Annual statistical returns and brief notes on vaccination in Bengal - 1909-1929
Year: 1909
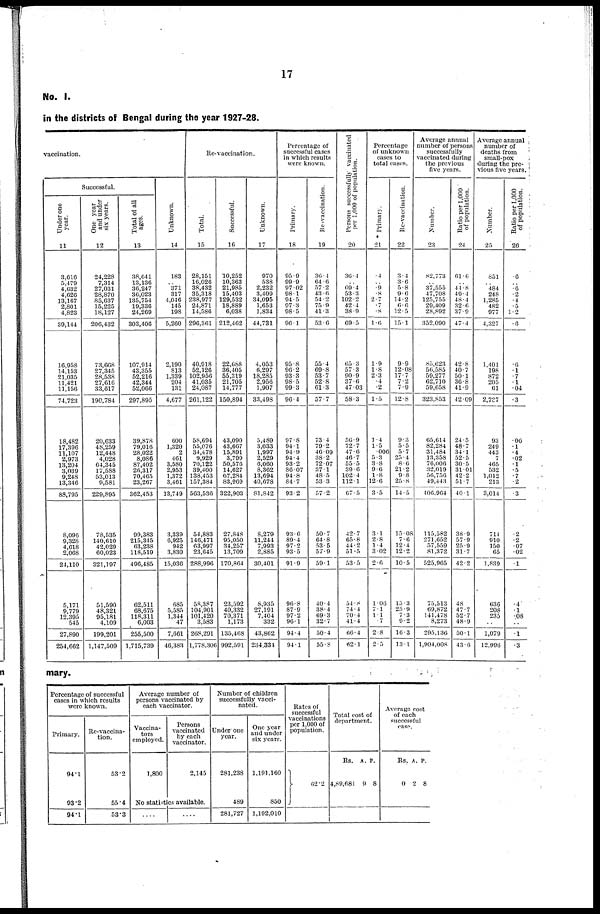
17
No. I.
in the districts of Bengal during the year 1927-28.
vaccination.
Successful.
Under one
year.
11
3,616
5,479
4,632
4,626
13,167
2,801
4,823
39,144
16,958
14,153
21,035
11,421
11,156
74,723
18,482
17,396
11,107
2,973
13,204
3,039
9,248
13,346
88,795
8,096
9,328
4,618
2,068
24,110
5,171
9,779
12,395
545
27,890
254,662
One year
and under
six years.
12
24,228
7,314
27,031
28,870
85,637
15,225
18,127
206,432
73,668
27,345
28,538
27,616
33,617
190,784
20,633
48,259
12,448
4,028
64,345
17,588
53,013
9,581
229,895
78,535
140,610
42,029
60,023
321,197
51,590
48,321
95,181
4,109
199,201
1,147,509
Total of all
ages.
13
38,641
13,130
36,247
36,023
135,754
19,336
24,269
303,406
107,914
43,355
52,216
42,344
52,066
297,895
39,878
79,016
28,022
8,086
87,402
26,317
70,465
23,267
362,453
99,383
215,345
63,238
118,519
496,485
62,511
68,675
118,311
6,003
255,500
1,715,739
Unknown.
14
183
..
371
317
4,046
145
198
5,260
2,190
813
1,339
204
131
4,677
600
1,320
2
461
3,580
2,953
1,372
3,461
13,749
3,339
6,925
942
3,830
15,036
685
5,585
1,344
47
7,661
46,383
Re-vaccination.
Total.
15
28,151
16,026
38,432
35,318
238,977
24,871
14,586
296,361
40,918
52,126
102,956
41,035
24,087
261,122
58,694
55,076
34,478
9,929
70,122
39,400
138,453
157,384
563,536
54,883
146,471
63,997
23,645
288,996
58,387
104,901
101,420
3,583
268,291
1,778,306
Successful.
16
10,252
10,363
21,985
15,403
129,532
18,889
6,038
212,462
22,688
36,405
55,319
21,705
14,777
150,894
43,090
43,667
15,891
3,799
50,576
14,627
67,284
83,969
322,903
27,848
95,050
34,257
13,709
170,864
23,592
40,332
70,371
1,173
135,468
992,591
Unknown.
17
970
538
2,232
3,409
34,095
1,653
1,834
44,731
4,053
6,297
18,285
2,956
1,907
33,498
5,489
3,033
1,997
2,529
6,060
8,362
13,694
40,678
81,842
8,279
11,244
7,993
2,885
30,401
8,935
27,191
7,404
332
43,862
234,334
Percentage of
successful cases
in which results
were known.
Primary.
18
95.9
99.9
97.02
98.1
94.5
97.3
98.5
96.1
95.8
96.2
93.3
98.5
99.3
96.4
97.8
94.1
94.9
94.4
93.2
86.07
94.8
84.7
93.2
93.6
89.4
97.2
93.5
91.9
96.8
87.9
97.2
96.1
94.4
94.1
Re-vaccination.
19
36.4
64.6
57.2
43.6
54.2
75.9
41.3
53.6
55.4
69.8
53.7
52.8
61.3
57.7
73.4
79.2
46.09
38.2
72.07
37.1
48.5
53.3
57.2
50.7
64.8
53.5
57.9
59.1
40.4
38.4
69.3
32.7
50.4
55.8
Persons successfully vaccinated
per 1,000 of population.
20
36.4
.. 69.4
53.3
102.2
42.4
38.9
69.5
65.3
57.3
90.9
37.6
47.03
58.3
56.9
72.7
47.6
46.7
55.5
39.6
102.4
112.1
67.5
42.7
65.8
44.2
51.5
53.5
54.8
74.4
70.4
41.4
66.4
62.1
Percentage
of unknown
cases to
total cases.
Primary.
21
.4
.. .9
.8
2.7
.7
.8
1.6
1.9
1.8
2.3
.4
.2
1.5
1.4
1.5
.006
5.3
3.8
9.6
1.8
12.6
3.5
3.1
2.8
1.4
3.02
2.6
1.06
7.1
1.1
.7
2.8
2.5
Re-vaccination.
22
3.4
3.6
5.8
9.6
14.2
6.6
12.5
15.1
9.9
12.08
17.7
7.2
7.9
12.8
9.3
5.5
5.7
25.4
8.6
21.2
9.8
25.8
14.5
15.08
7.6
12.4
12.2
10.5
15.3
25.9
7.3
9.2
16.3
13.1
Average annual
number of persons
successfully
vaccinated during
the previous
five years.
Number.
23
82,773
..
37,555
47,708
125,755
20,409
28,892
352,090
85,623
56,585
59,277
62,710
59,658
323,853
65,614
82,284
31,484
13,358
76,006
32,019
56,756
40,443
406,964
115,582
271,652
57,550
81,372
525,965
75,513
60,872
141,478
8,273
295,136
1,904,008
Ratio per 1,000
of population.
24
61.6
..
44.8
49.4
48.4
32.6
37.9
47.4
42.8
40.7
50.1
36.8
41.9
42.09
24.5
48.7
34.1
52.5
30.5
31.01
42.2
51.7
40.1
38.9
57.9
25.9
31.7
42.2
48
47.7
52.7
48.9
50.1
43.6
Average annual
number of
deaths from
small-pox
during the pre-
vious five years.
Number.
25
851
..
484
248
1,285
482
977
4,327
1,401
198
872
205
61
2,737
93
249
443
7
465
532
1,012
213
3,014
714
910
150
65
1,839
636
208
235
..
1,079
12,996
Ratio per 1,000
of population.
26
.6
..
.6
.2
.4
.5
1.2
.6
.6
.1
.7
.1
.04
.3
.06
.1
.4
.02
.1
.5
.7
.2
.3
.2
.2
.07
.02
.1
.4
.1
.08
..
.1
.3
mary.
Percentage of successful
cases in which results
were known.
Primary.
94.1
93.2
94.1
Re-vaccina-
tion.
53.2
55.4
53.3
Average number of
persons vaccinated by
each vaccinator.
Vaccina-
tors
employed.
1,800
Persons
vaccinated
by each
vaccinator.
2,145
No statistics available.
....
....
Number of children
successfully vacci-
nated.
Under one
year.
281,238
489
281,727
One year
and under
six years.
1,191,160
850
1,192,010
Rates of
successful
vaccinations
per 1,000 of
population.
62.2
Total cost of
department.
Rs.
4,89,681
A.
9
P.
8
Average cost
of each
successful
case.
Rs.
0
A.
2
P.
8